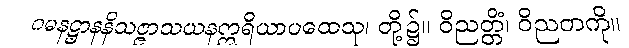
ဂမနဋ္ဌာနနိသဇ္ဇာသယနဣရိယာပထေသု၊ တို့၌။ ဝိညတ္တိံ၊ ဝိညတကို။